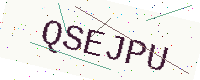
Text: QSEJPU